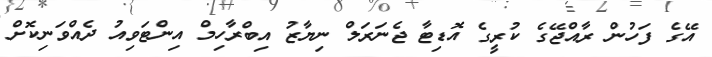
އޭގެ ފަހުން ރާއްޖޭގެ ކުރީގެ އޮޑިޓާ ޖެނަރަލް ނިޔާޒު އިބްރާހިމް އިންޓަވިއު ދެއްވަނިކޮށް